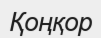
Қоңқор